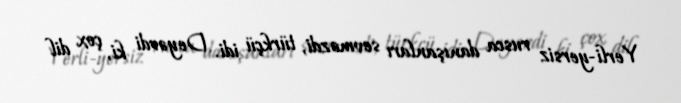
Yerli-yersiz rusca danışanları sevməzdi, türkçü idi. Deyərdi ki, çox dil